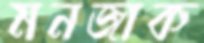
মনজাক